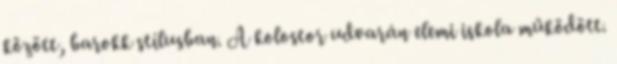
között, barokk stílusban. A kolostor udvarán elemi iskola működött.